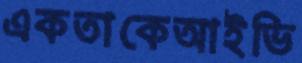
একতাকেআইভি